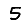
Digit: 5